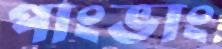
পাংভাং